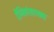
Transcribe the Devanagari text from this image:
दैनिकांसारख्या